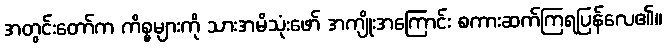
အတွင်းတော်က ကိစ္စများကို သားအမိသုံးဖော် အကျိုးအကြောင်း စကားဆက်ကြရပြန်လေ၏။